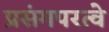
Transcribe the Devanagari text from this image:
प्रसंगपरत्वे